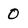
Character: 0